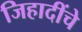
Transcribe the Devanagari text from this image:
जिहादींचे